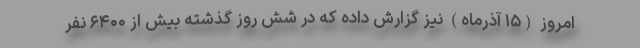
امروز (۱۵ آذرماه) نیز گزارش داده که در شش روز گذشته بیش از ۶۴۰۰ نفر